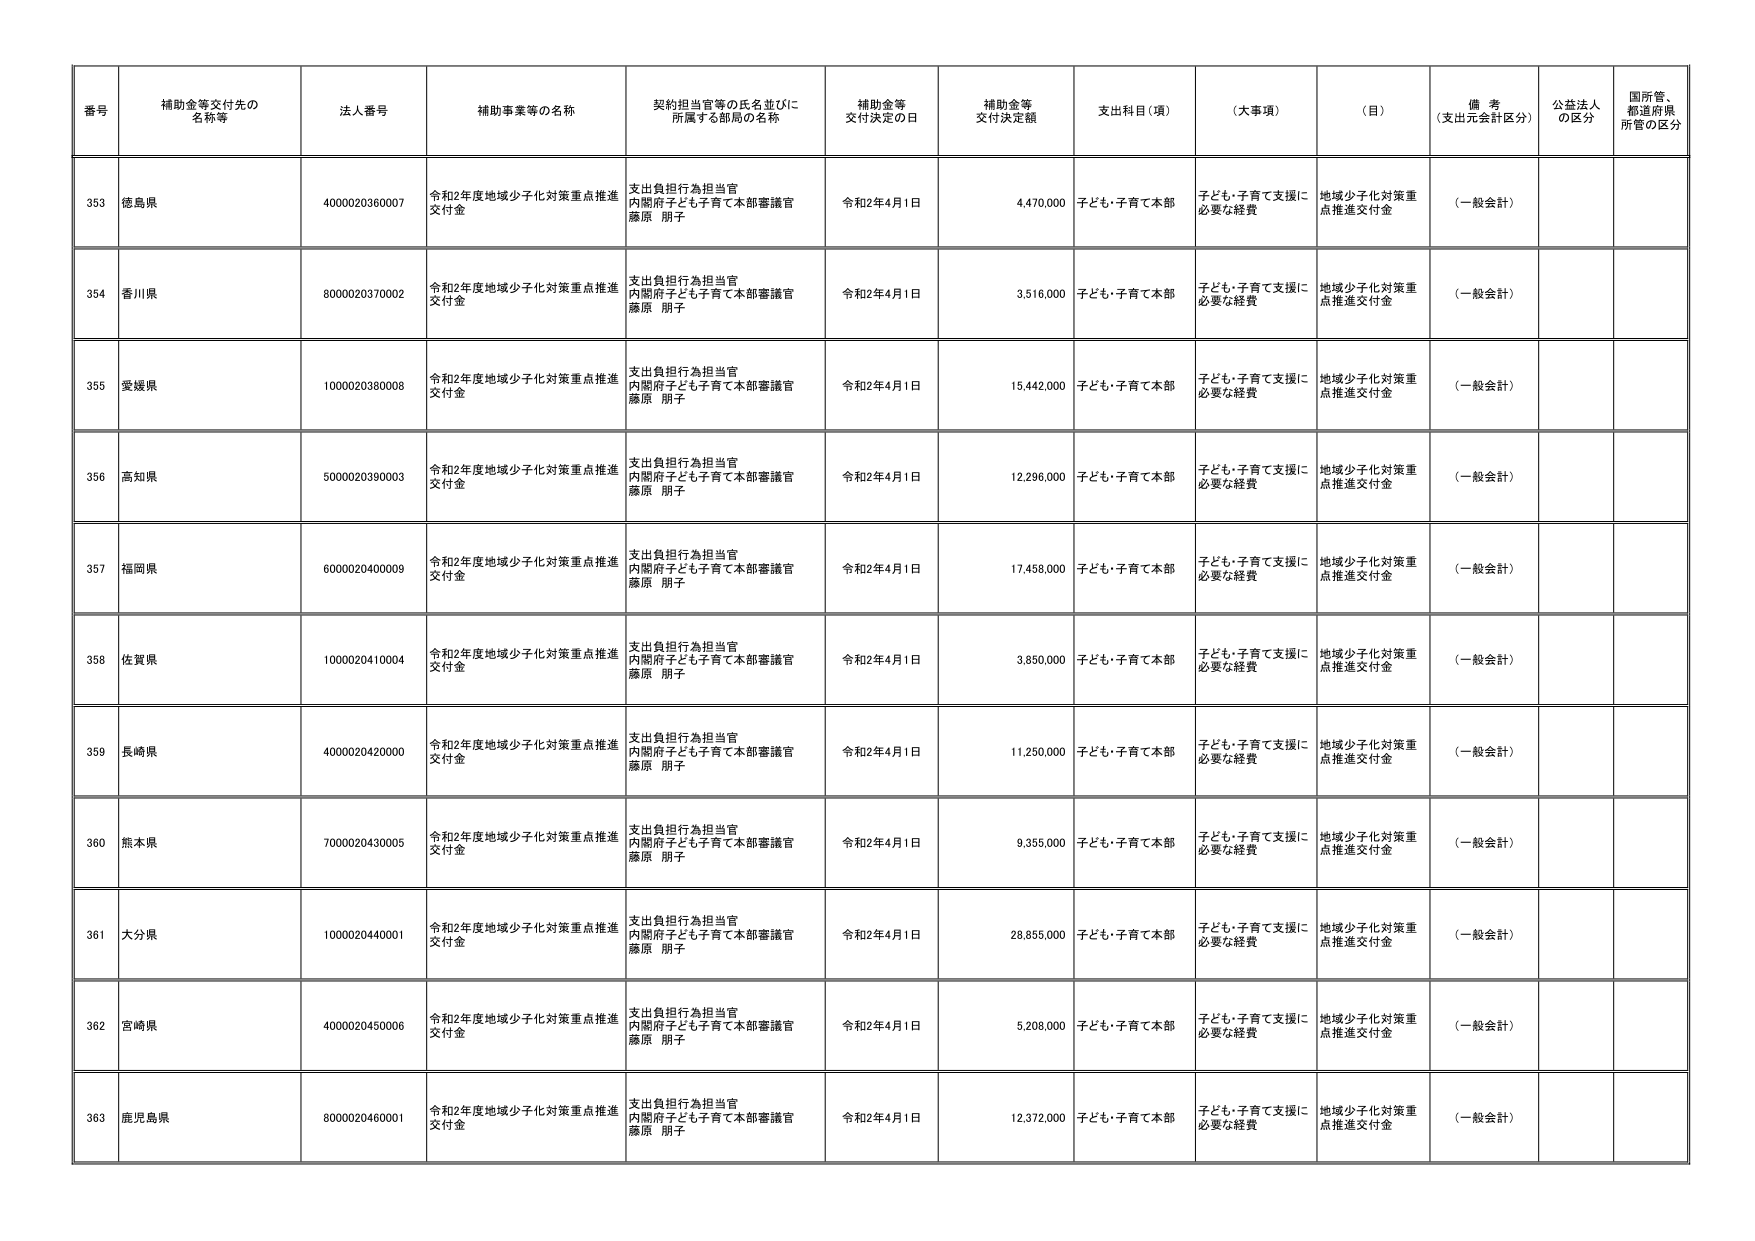
番号 補助金等交付先の名称等 法人番号 補助事業等の名称 契約担当官等の氏名並びに所属する部局の名称 補助金等交付決定の日 補助金等交付決定額 支出科目（項） （大事項） （目） 備考（支出元会計区分） 公益法人の区分 国所管、都道府県所管の区分
353 徳島県 4000020360007 令和2年度地域少子化対策重点推進交付金 支出負担行為担当官 内閣府子ども子育て本部審議官 藤原 朋子 令和2年4月1日 4,470,000 子ども・子育て本部 子ども・子育て支援に必要な経費 地域少子化対策重点推進交付金 （一般会計）
354 香川県 8000020370002 令和2年度地域少子化対策重点推進交付金 支出負担行為担当官 内閣府子ども子育て本部審議官 藤原 朋子 令和2年4月1日 3,516,000 子ども・子育て本部 子ども・子育て支援に必要な経費 地域少子化対策重点推進交付金 （一般会計）
355 愛媛県 1000020380008 令和2年度地域少子化対策重点推進交付金 支出負担行為担当官 内閣府子ども子育て本部審議官 藤原 朋子 令和2年4月1日 15,442,000 子ども・子育て本部 子ども・子育て支援に必要な経費 地域少子化対策重点推進交付金 （一般会計）
356 高知県 5000020390003 令和2年度地域少子化対策重点推進交付金 支出負担行為担当官 内閣府子ども子育て本部審議官 藤原 朋子 令和2年4月1日 12,296,000 子ども・子育て本部 子ども・子育て支援に必要な経費 地域少子化対策重点推進交付金 （一般会計）
357 福岡県 6000020400009 令和2年度地域少子化対策重点推進交付金 支出負担行為担当官 内閣府子ども子育て本部審議官 藤原 朋子 令和2年4月1日 17,458,000 子ども・子育て本部 子ども・子育て支援に必要な経費 地域少子化対策重点推進交付金 （一般会計）
358 佐賀県 1000020410004 令和2年度地域少子化対策重点推進交付金 支出負担行為担当官 内閣府子ども子育て本部審議官 藤原 朋子 令和2年4月1日 3,850,000 子ども・子育て本部 子ども・子育て支援に必要な経費 地域少子化対策重点推進交付金 （一般会計）
359 長崎県 4000020420000 令和2年度地域少子化対策重点推進交付金 支出負担行為担当官 内閣府子ども子育て本部審議官 藤原 朋子 令和2年4月1日 11,250,000 子ども・子育て本部 子ども・子育て支援に必要な経費 地域少子化対策重点推進交付金 （一般会計）
360 熊本県 7000020430005 令和2年度地域少子化対策重点推進交付金 支出負担行為担当官 内閣府子ども子育て本部審議官 藤原 朋子 令和2年4月1日 9,355,000 子ども・子育て本部 子ども・子育て支援に必要な経費 地域少子化対策重点推進交付金 （一般会計）
361 大分県 1000020440001 令和2年度地域少子化対策重点推進交付金 支出負担行為担当官 内閣府子ども子育て本部審議官 藤原 朋子 令和2年4月1日 28,855,000 子ども・子育て本部 子ども・子育て支援に必要な経費 地域少子化対策重点推進交付金 （一般会計）
362 宮崎県 4000020450006 令和2年度地域少子化対策重点推進交付金 支出負担行為担当官 内閣府子ども子育て本部審議官 藤原 朋子 令和2年4月1日 5,208,000 子ども・子育て本部 子ども・子育て支援に必要な経費 地域少子化対策重点推進交付金 （一般会計）
363 鹿児島県 8000020460001 令和2年度地域少子化対策重点推進交付金 支出負担行為担当官 内閣府子ども子育て本部審議官 藤原 朋子 令和2年4月1日 12,372,000 子ども・子育て本部 子ども・子育て支援に必要な経費 地域少子化対策重点推進交付金 （一般会計）